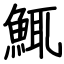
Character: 鮿